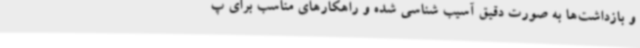
و بازداشت‌ها به صورت دقیق آسیب شناسی شده و راهکارهای مناسب برای پ